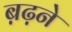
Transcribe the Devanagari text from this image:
ब़ढ़ने